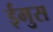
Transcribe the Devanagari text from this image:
ईमुस